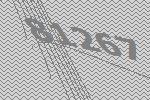
81267